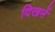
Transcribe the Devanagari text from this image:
दिखनें